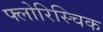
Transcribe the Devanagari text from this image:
फ्लोरिस्चिक